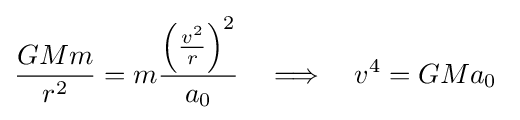
{\frac {GMm}{r^{2}}}=m{\frac {\left({\frac {v^{2}}{r}}\right)^{2}}{a_{0}}}\quad \Longrightarrow \quad v^{4}=GMa_{0}~